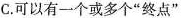
C.可以有一个或多个”终点”